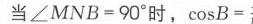
\(=\overline{BC}=\frac{}{5}\cdot\)